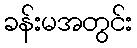
ခန်းမအတွင်း